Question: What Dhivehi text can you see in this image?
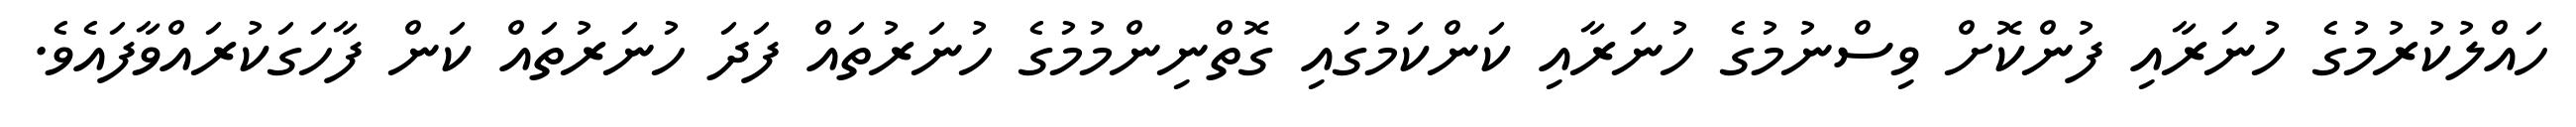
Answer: ހައްލުކުރުމުގެ ހުނަރާއި ފުންކޮށް ވިސްނުމުގެ ހުނަރާއި ކަންކަމުގައި ގޮތްނިންމުމުގެ ހުނަރުތައް ފަދަ ހުނަރުތައް ކަން ފާހަގަކުރައްވާފައެވެ.